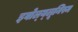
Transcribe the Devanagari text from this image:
इवोल्य्लूनिस्म